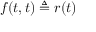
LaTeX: \textstyle f ( t , t ) \triangleq r ( t )